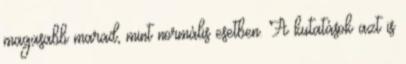
magasabb marad, mint normális esetben. A kutatások azt is